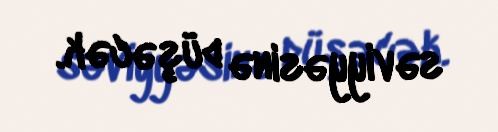
səviyyəsinə düşəcək.